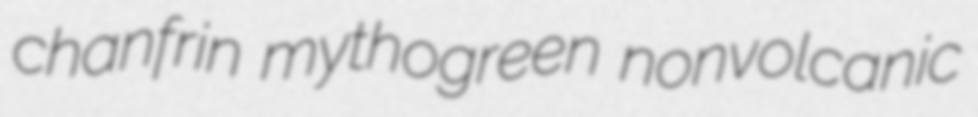
chanfrin mythogreen nonvolcanic